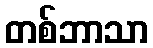
တစ်ဘာသာ